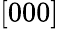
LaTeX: [000]